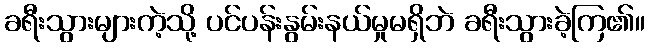
ခရီးသွားများကဲ့သို့ ပင်ပန်းနွမ်းနယ်မှုမရှိဘဲ ခရီးသွားခဲ့ကြ၏။